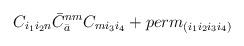
LaTeX: \begin{align*}C_{i_1 i_2 n} {\bar C}_{\bar a}^{nm} C_{m i_3 i_4} + perm_{(i_1i_2 i_3 i_4)}\end{align*}